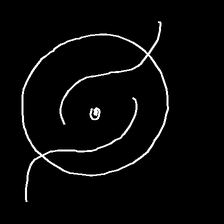
Glyph: repetition